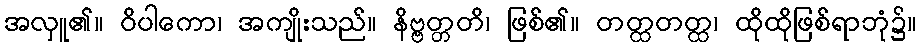
အလှူ၏။ ဝိပါကော၊ အကျိုးသည်။ နိဗ္ဗတ္တတိ၊ ဖြစ်၏။ တတ္ထတတ္ထ၊ ထိုထိုဖြစ်ရာဘုံ၌။